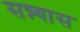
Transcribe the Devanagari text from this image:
सन्न्यास